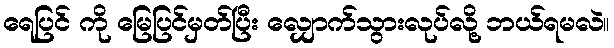
ရေပြင် ကို မြေပြင်မှတ်ပြီး လျှောက်သွားလုပ်လို့ ဘယ်ရမလဲ။